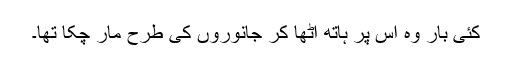
کئی بار وہ اُس پر ہاتھ اُٹھا کر جانوروں کی طرح مار چکا تھا۔